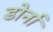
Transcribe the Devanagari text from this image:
डोर्ना